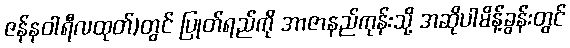
ဇန်နဝါရီလထုတ်)တွင် ပြုတ်ရည်ကို အာဇာနည်ကုန်းသို့ အဆိုပါမိန့်ခွန်းတွင်